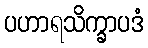
ပဟာရသိက္ခာပဒံ